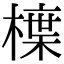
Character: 𭫳